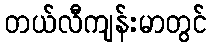
တယ်လီကျန်းမာတွင်